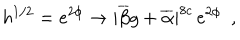
h ^ { 1 / 2 } = e ^ { 2 \phi } \rightarrow | \overline { { { \beta } } } g + \overline { { { \alpha } } } | ^ { 8 c } \, e ^ { 2 \phi } ~ ~ ,